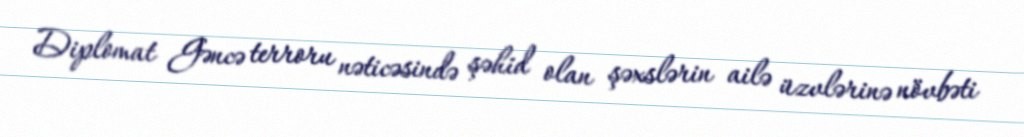
Diplomat Gəncə terroru nəticəsində şəhid olan şəxslərin ailə üzvlərinə növbəti